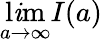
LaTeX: \operatorname*{l\mathit{i}m}_{a\to\infty}I(a)